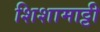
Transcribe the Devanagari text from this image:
शिशामाट्टी